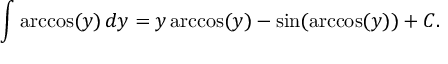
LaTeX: \quad \int \operatorname { a r c c o s } ( y ) \, d y = y \operatorname { a r c c o s } ( y ) - \sin ( \operatorname { a r c c o s } ( y ) ) + C .